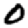
Digit: 0